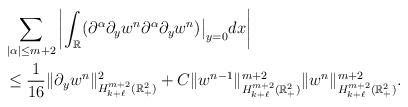
LaTeX: \begin{align*}&\sum_{|\alpha|\le {m+2}}\left|\int_{\mathbb{R}}(\partial^\alpha\partial_y w^{n}\partial^\alpha\partial_y w^{n})\big|_{y=0}dx\right|\\&\le \frac 1{16} \|\partial_y w^n\|^2_{H^{m+2}_{k+\ell}(\mathbb{R}^2_+)}+C\|w^{n-1}\|^{m+2}_{H^{m+2}_{k+\ell}(\mathbb{R}^2_+)}\| w^n\|^{m+2}_{H^{m+2}_{k+\ell}(\mathbb{R}^2_+)}.\end{align*}